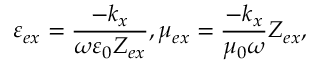
\varepsilon _ { e x } = \frac { - k _ { x } } { \omega \varepsilon _ { 0 } Z _ { e x } } , \mu _ { e x } = \frac { - k _ { x } } { \mu _ { 0 } \omega } Z _ { e x } ,